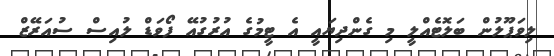
ލިވަޕޫލުން ބަލޮޓެއްލީ މި ގެންދިޔައީ އެ ޓީމުގެ އުރުގުއޭ ފޯވަޑް ލުއިސް ސުއަރޭޒް